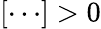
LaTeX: [\cdots]>0